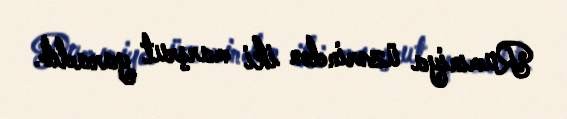
Rumıniya üzərindən iki marşrut yaradıb.